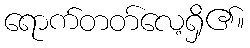
ရောက်တတ်လေ့ရှိ၏။